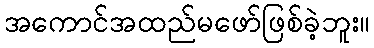
အကောင်အထည်မဖော်ဖြစ်ခဲ့ဘူး။